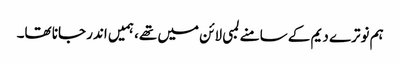
ہم نوترے دیم کے سامنے لمبی لائن میں تھے، ہمیں اندر جانا تھا۔